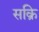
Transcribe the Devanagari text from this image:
सक्रि